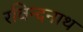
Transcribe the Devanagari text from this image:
रविन्दनाथ